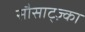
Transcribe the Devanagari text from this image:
सौसाट्ज़्का